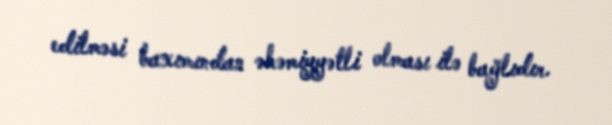
edilməsi baxımından əhəmiyyətli olması ilə bağlıdır.